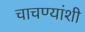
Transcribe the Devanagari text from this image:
चाचण्यांशी